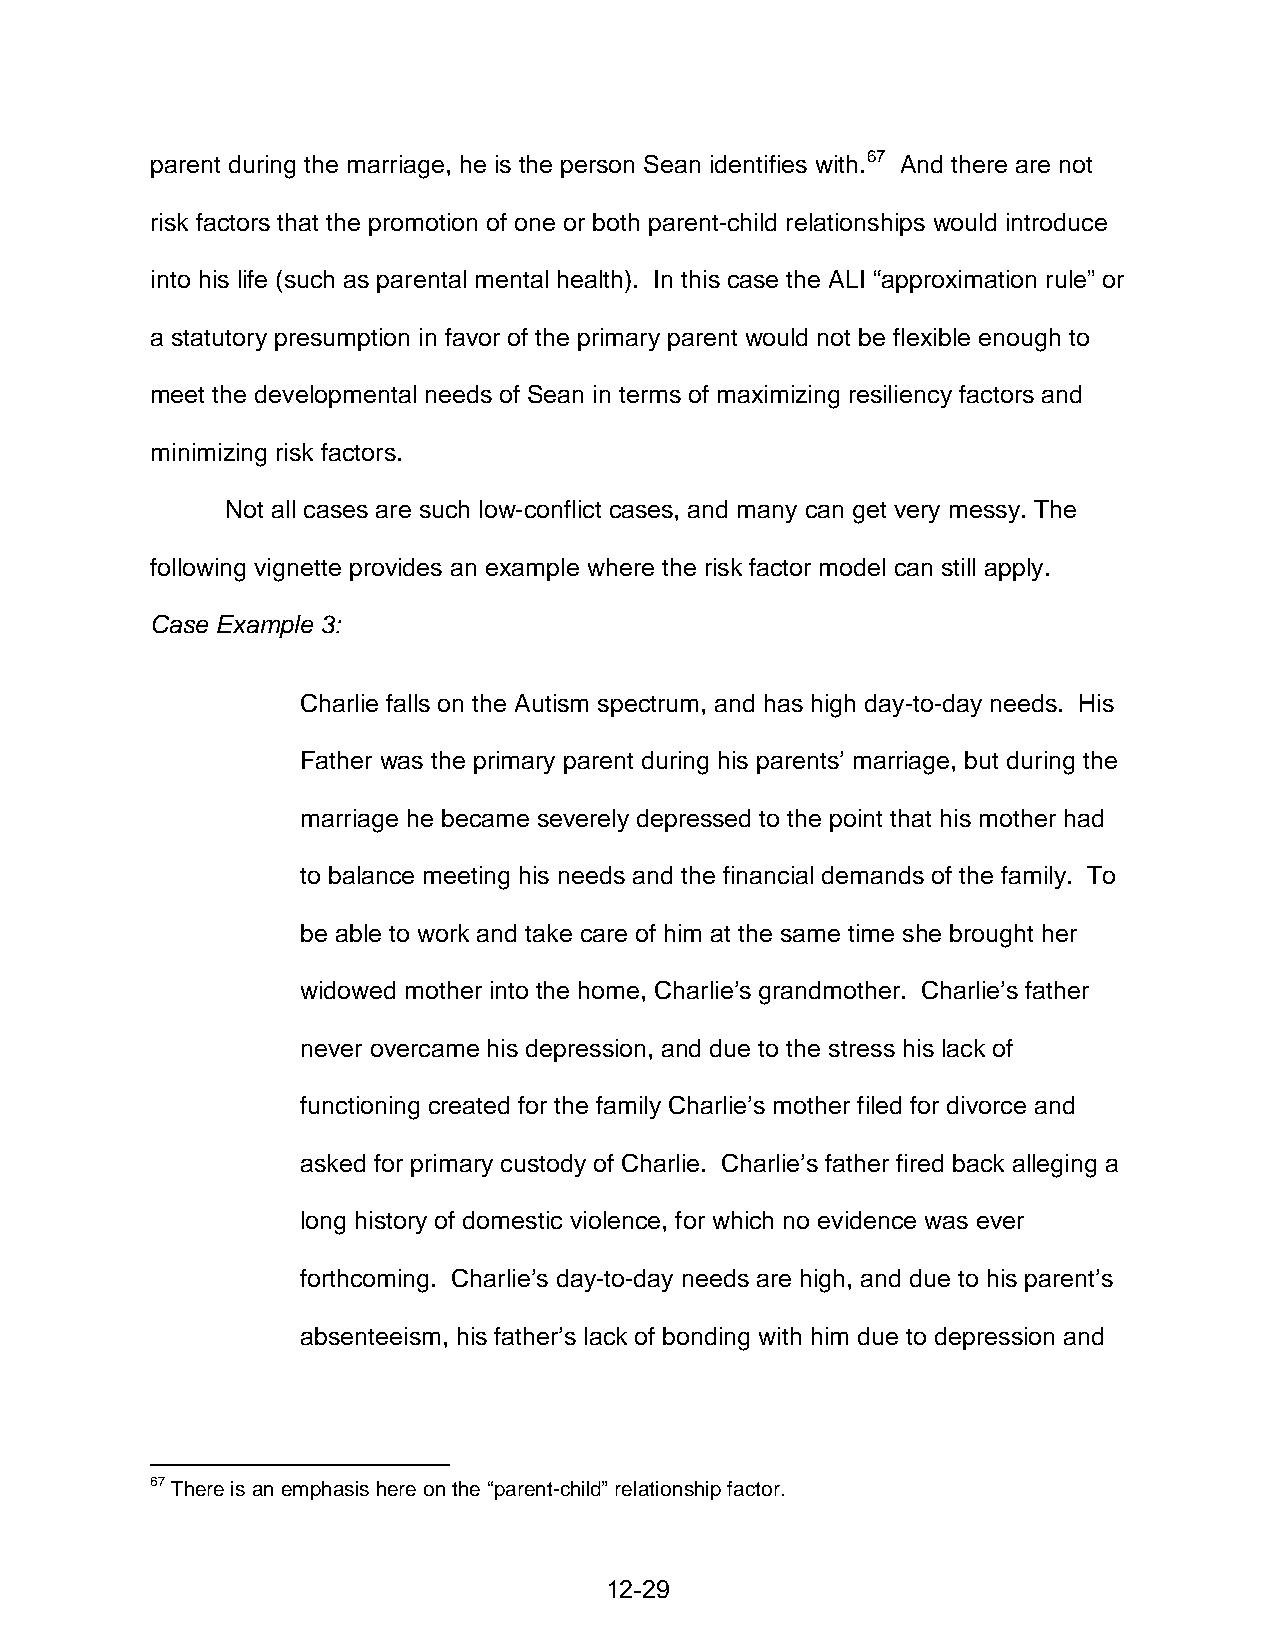
parent during the marriage, he is the person Sean identifies with.67 And there are not
 risk factors that the promotion of one or both parent-child relationships would introduce
 into his life (such as parental mental health). In this case the ALI “approximation rule” or
 a statutory presumption in favor of the primary parent would not be flexible enough to
 meet the developmental needs of Sean in terms of maximizing resiliency factors and
 minimizing risk factors.
 Not all cases are such low-conflict cases, and many can get very messy. The
 following vignette provides an example where the risk factor model can still apply.
 Case Example 3:
 Charlie falls on the Autism spectrum, and has high day-to-day needs. His
 Father was the primary parent during his parents’ marriage, but during the
 marriage he became severely depressed to the point that his mother had
 to balance meeting his needs and the financial demands of the family. To
 be able to work and take care of him at the same time she brought her
 widowed mother into the home, Charlie’s grandmother. Charlie’s father
 never overcame his depression, and due to the stress his lack of
 functioning created for the family Charlie’s mother filed for divorce and
 asked for primary custody of Charlie. Charlie’s father fired back alleging a
 long history of domestic violence, for which no evidence was ever
 forthcoming. Charlie’s day-to-day needs are high, and due to his parent’s
 absenteeism, his father’s lack of bonding with him due to depression and
 67 There is an emphasis here on the “parent-child” relationship factor.
 12-29